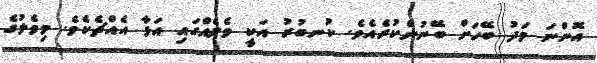
އޮންނަ މަދު ބޭހަށް ބޭނުންކުރެއެވެ. ކުނބުރު އަކީ ވެލެއްގައި އަޅާ އެއްޗެކެވެ. މިވެލުގެ